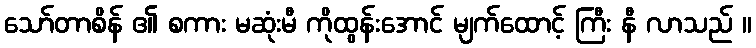
သော်တာစိန် ၏ စကား မဆုံးမီ ကိုထွန်းအောင် မျက်ထောင့် ကြီး နီ လာသည် ။